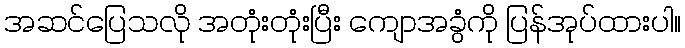
အဆင်ပြေသလို အတုံးတုံးပြီး ကျောအခွံကို ပြန်အုပ်ထားပါ။